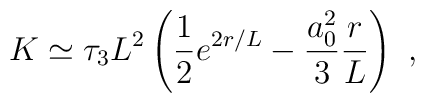
K \simeq \tau_3 L^2 \left(\frac{1}{2} e^{2r/L} - \frac{a_0^2}{3} \frac{r}{L} \right) \ ,